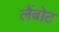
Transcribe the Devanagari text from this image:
लैंबोट